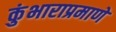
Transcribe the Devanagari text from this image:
कुंभाराप्रमाणे